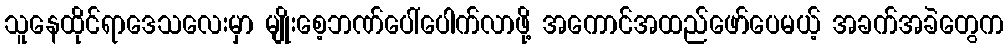
သူနေထိုင်ရာဒေသလေးမှာ မျိုးစေ့ဘဏ်ပေါ်ပေါက်လာဖို့ အကောင်အထည်ဖော်ပေမယ့် အခက်အခဲတွေက